Leningradi_Edasi_toimetus, lk 21
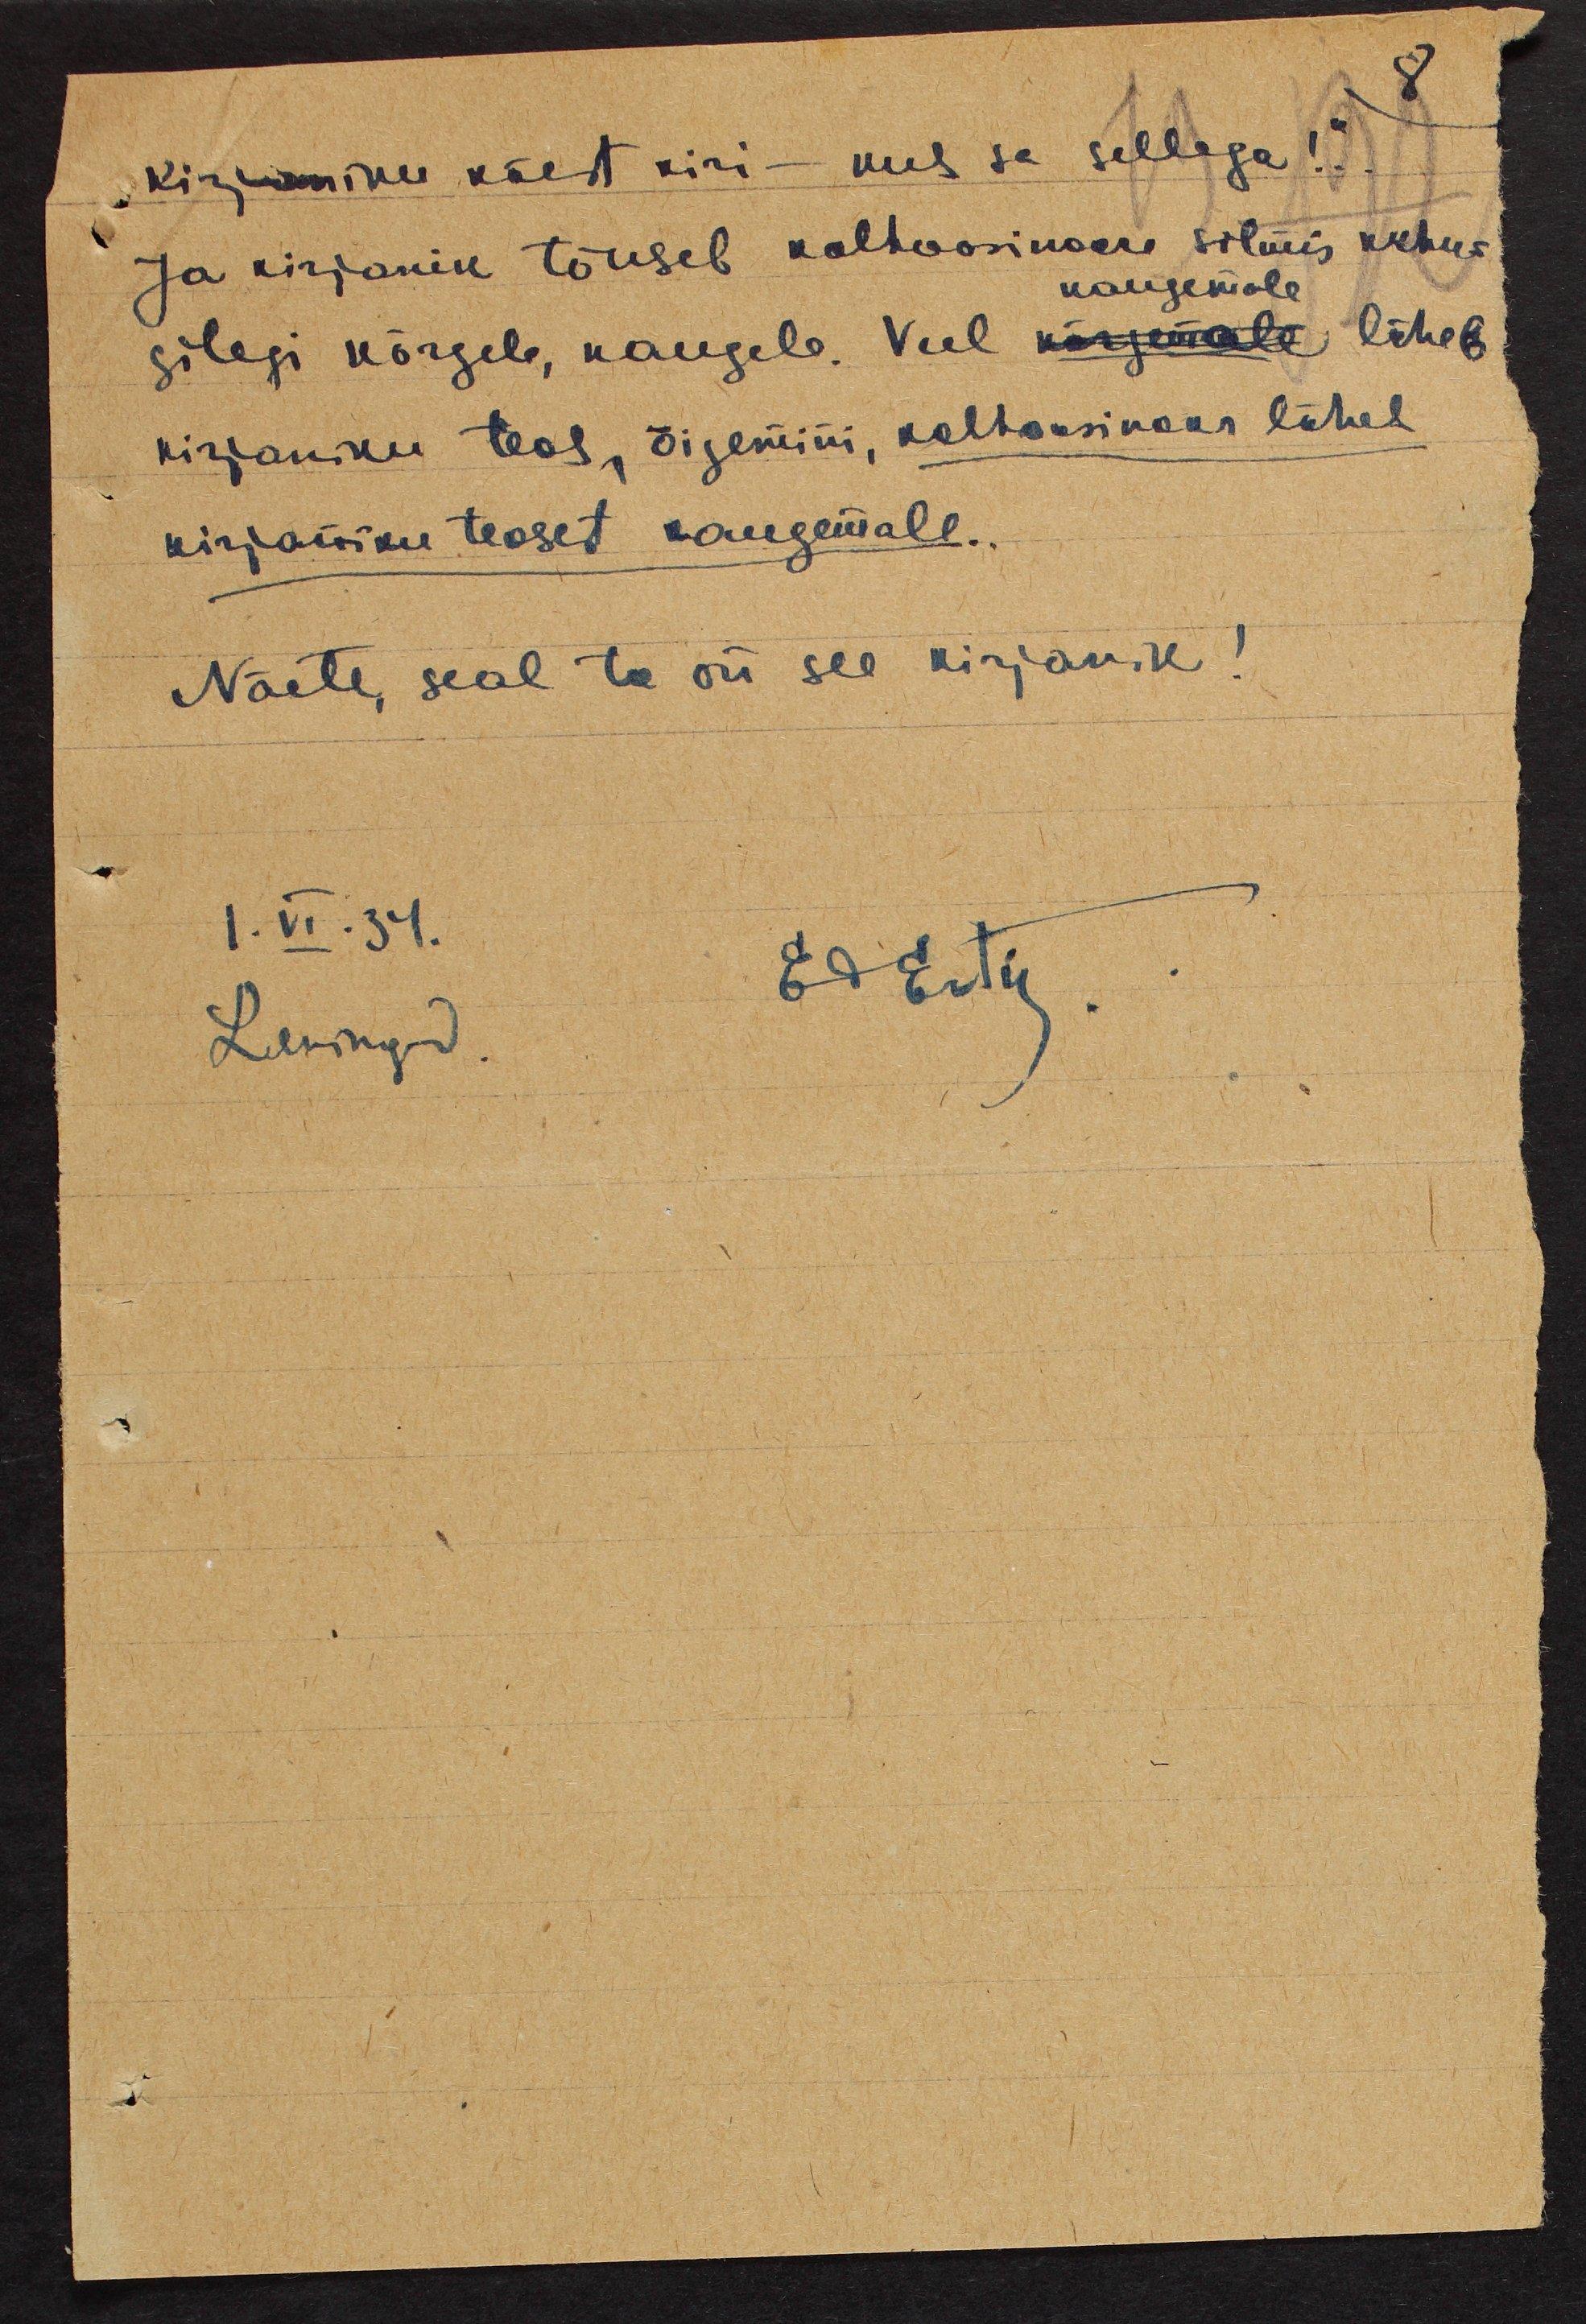
"Kirjaniku käest kiri - kus se sellega!.."
Ja kirjanik tõuseb kolhoosinoore silmis kuhu-
kaugemale
gilegi kõrgele, kaugele. Veel kõrgemale läheb
kirjaniku teos, õigemini, kolhoosinoor läheb
kirjaniku teosest kaugemale..
Näete, seal ta on see kirjanik!
1.VI.34.
Ed Estis
Leningrad.